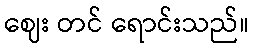
ဈေး တင် ရောင်းသည်။